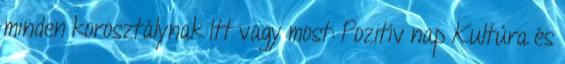
minden korosztálynak Itt vagy most: Pozitív nap Kultúra és